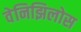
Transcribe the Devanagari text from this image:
वेनिझिलोस